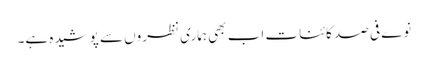
نوے فی صد کائنات اب بھی ہماری نظروں سے پوشیدہ ہے۔